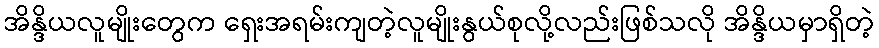
အိန္ဒိယလူမျိုးတွေက ရှေးအရမ်းကျတဲ့လူမျိုးနွယ်စုလို့လည်းဖြစ်သလို အိန္ဒိယမှာရှိတဲ့